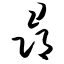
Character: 寻